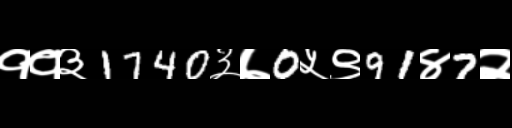
Text: ११३1740३७0५९91४7२